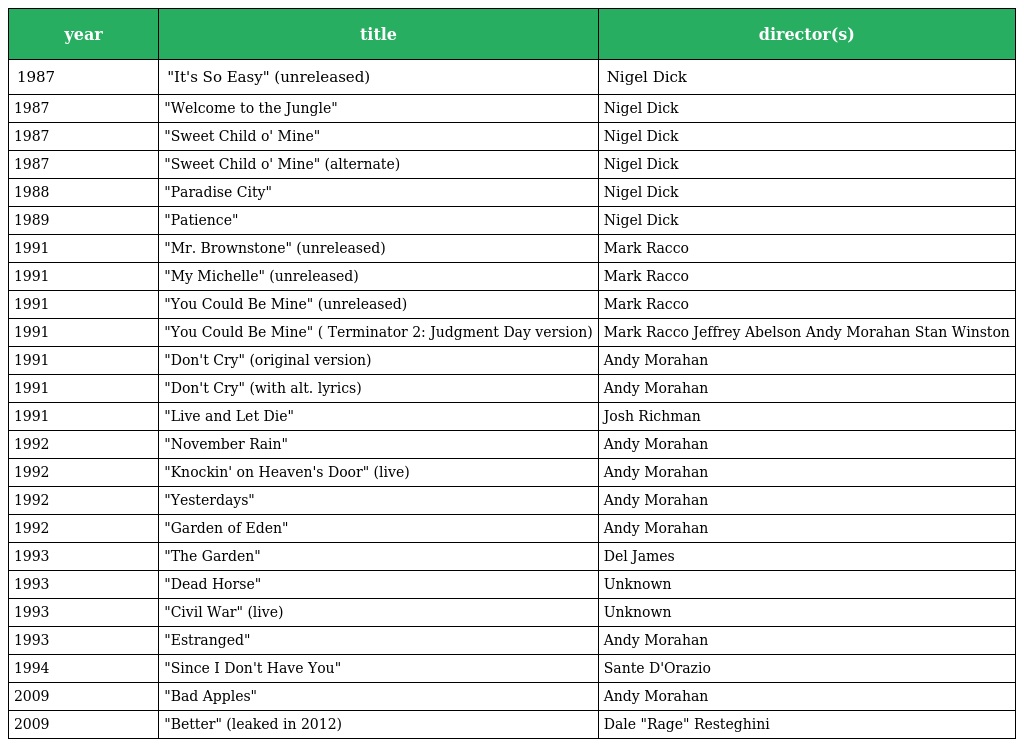
| year | title | director(s) |
 | --- | --- | --- |
 | 1987 | "It's So Easy" (unreleased) | Nigel Dick |
 | 1987 | "Welcome to the Jungle" | Nigel Dick |
 | 1987 | "Sweet Child o' Mine" | Nigel Dick |
 | 1987 | "Sweet Child o' Mine" (alternate) | Nigel Dick |
 | 1988 | "Paradise City" | Nigel Dick |
 | 1989 | "Patience" | Nigel Dick |
 | 1991 | "Mr. Brownstone" (unreleased) | Mark Racco |
 | 1991 | "My Michelle" (unreleased) | Mark Racco |
 | 1991 | "You Could Be Mine" (unreleased) | Mark Racco |
 | 1991 | "You Could Be Mine" ( Terminator 2: Judgment Day version) | Mark Racco Jeffrey Abelson Andy Morahan Stan Winston |
 | 1991 | "Don't Cry" (original version) | Andy Morahan |
 | 1991 | "Don't Cry" (with alt. lyrics) | Andy Morahan |
 | 1991 | "Live and Let Die" | Josh Richman |
 | 1992 | "November Rain" | Andy Morahan |
 | 1992 | "Knockin' on Heaven's Door" (live) | Andy Morahan |
 | 1992 | "Yesterdays" | Andy Morahan |
 | 1992 | "Garden of Eden" | Andy Morahan |
 | 1993 | "The Garden" | Del James |
 | 1993 | "Dead Horse" | Unknown |
 | 1993 | "Civil War" (live) | Unknown |
 | 1993 | "Estranged" | Andy Morahan |
 | 1994 | "Since I Don't Have You" | Sante D'Orazio |
 | 2009 | "Bad Apples" | Andy Morahan |
 | 2009 | "Better" (leaked in 2012) | Dale "Rage" Resteghini |